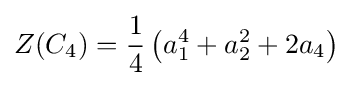
Z(C_{4})={\frac {1}{4}}\left(a_{1}^{4}+a_{2}^{2}+2a_{4}\right)